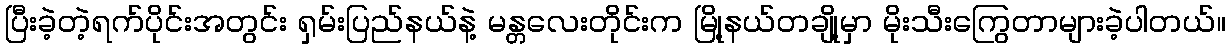
ပြီးခဲ့တဲ့ရက်ပိုင်းအတွင်း ရှမ်းပြည်နယ်နဲ့ မန္တလေးတိုင်းက မြို့နယ်တချို့မှာ မိုးသီးကြွေတာများခဲ့ပါတယ်။